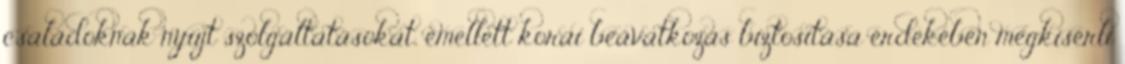
családoknak nyújt szolgáltatásokat, emellett korai beavatkozás biztosítása érdekében megkísérli